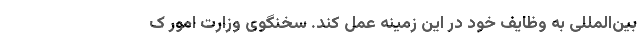
بین‌المللی به وظایف خود در این زمینه عمل کند. سخنگوی وزارت امور ک